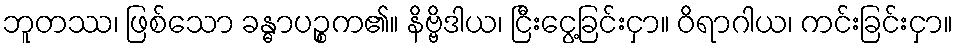
ဘူတဿ၊ ဖြစ်သော ခန္ဓာပဉ္စက၏။ နိဗ္ဗိဒါယ၊ ငြီးငွေ့ခြင်းငှာ။ ဝိရာဂါယ၊ ကင်းခြင်းငှာ။